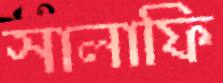
সালাফি